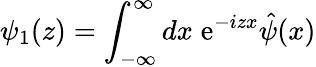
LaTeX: {\psi}_{1}(z)=\int_{-\infty}^{\infty}dx\; \mathrm{e}^{-izx}\hat{{\psi}}(x)